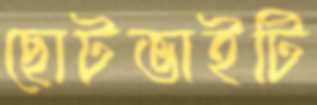
ছোটভাইটি